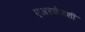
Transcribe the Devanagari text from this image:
एअरवेजशी